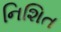
નિશિત